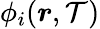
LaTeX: \phi_{i}(\boldsymbol{r},\mathcal{T})